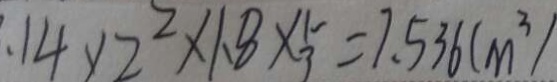
. 1 4 \times 2 ^ { 2 } \times 1 . 8 \times \frac { 1 } { 3 } = 7 . 5 3 6 ( m ^ { 3 } )